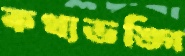
কথ্যভঙ্গি